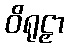
ဝိရုဠှာ